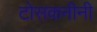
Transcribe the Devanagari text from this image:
टोसकनीनी